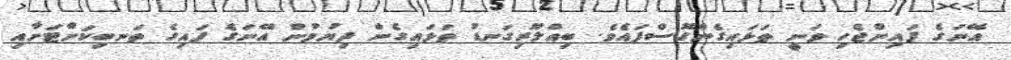
އޭނަގެ ފައިންޖެހި ވަނީ ތަޅައިގެންގޮސްފައެވެ. ބިއްލޫރިގަނޑު ތަޅައިގެން ދިޔުމުން އޭނަގެ ފައިގެ ތަނބިކަށްޓަށާއި